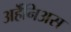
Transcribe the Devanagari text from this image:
अर्हॆनिअस